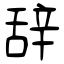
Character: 辞